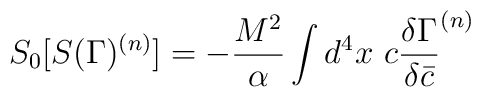
S_0 [S(\Gamma)^{(n)}]= -{M^2 \over \alpha} \int d^4 x~ c{\delta {\Gamma} \over \delta \bar c}^{(n)}